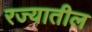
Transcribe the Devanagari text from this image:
रज्यातील